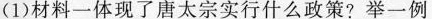
(1)材料一体现了唐太宗实行什么政策?举一例